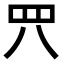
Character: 𦉵